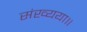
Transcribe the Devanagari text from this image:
संख्यया॥